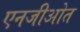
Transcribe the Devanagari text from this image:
एनजीओत